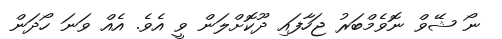
ނޯ ޝޭވް ނޮވެމްބަރު ޖަހާފައި ދޫކޮށްލަން ވީ އެވެ. އެއް ވަނަ ހޯދަން